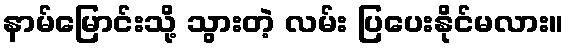
နာမ်မြောင်းသို့ သွားတဲ့ လမ်း ပြပေးနိုင်မလား။